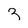
Character: 9